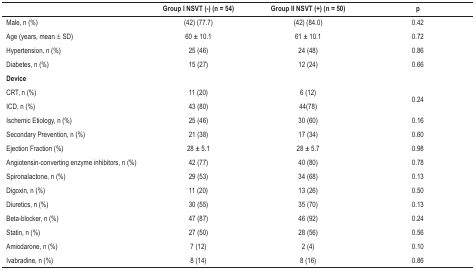
<table><thead><tr><td><b> </b></td><td><b>Group I NSVT (-) (n = 54)</b></td><td><b>Group II NSVT (+) (n = 50)</b></td><td><b>p</b></td></tr></thead><tbody><tr><td>Male, n (%)</td><td>(42) (77.7)</td><td>(42) (84.0)</td><td>0.42</td></tr><tr><td>Age (years, mean ± SD)</td><td>60 ± 10.1</td><td>61 ± 10.1</td><td>0.72</td></tr><tr><td>Hypertension, n (%)</td><td>25 (46)</td><td>24 (48)</td><td>0.86</td></tr><tr><td>Diabetes, n (%)</td><td>15 (27)</td><td>12 (24)</td><td>0.66</td></tr><tr><td><b>Device</b></td><td> </td><td> </td><td> </td></tr><tr><td>CRT, n (%)</td><td>11 (20)</td><td>6 (12)</td><td rowspan="2">0.24</td></tr><tr><td>ICD, n (%)</td><td>43 (80)</td><td>44(78)</td></tr><tr><td>Ischemic Etiology, n (%)</td><td>25 (46)</td><td>30 (60)</td><td>0.16</td></tr><tr><td>Secondary Prevention, n (%)</td><td>21 (38)</td><td>17 (34)</td><td>0.60</td></tr><tr><td>Ejection Fraction (%)</td><td>28 ± 5.1</td><td>28 ± 5.7</td><td>0.98</td></tr><tr><td>Angiotensin-converting enzyme inhibitors, n (%)</td><td>42 (77)</td><td>40 (80)</td><td>0.78</td></tr><tr><td>Spironalactone, n (%)</td><td>29 (53)</td><td>34 (68)</td><td>0.13</td></tr><tr><td>Digoxin, n (%)</td><td>11 (20)</td><td>13 (26)</td><td>0.50</td></tr><tr><td>Diuretics, n (%)</td><td>30 (55)</td><td>35 (70)</td><td>0.13</td></tr><tr><td>Beta-blocker, n (%)</td><td>47 (87)</td><td>46 (92)</td><td>0.24</td></tr><tr><td>Statin, n (%)</td><td>27 (50)</td><td>28 (56)</td><td>0.56</td></tr><tr><td>Amiodarone, n (%)</td><td>7 (12)</td><td>2 (4)</td><td>0.10</td></tr><tr><td>Ivabradine, n (%)</td><td>8 (14)</td><td>8 (16)</td><td>0.86</td></tr></tbody></table>